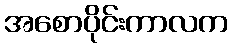
အစောပိုင်းကာလက